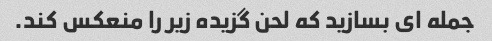
جمله ای بسازید که لحن گزیده زیر را منعکس کند.